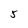
Character: 5